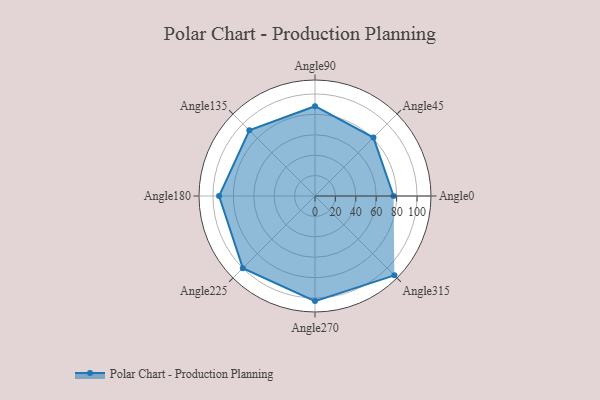
{"axis": {"x": "Angle", "y": "Radius"}, "legend": [""], "data": [{"x": "Angle0", "y": 77.0, "type": ""}, {"x": "Angle45", "y": 81.0, "type": ""}, {"x": "Angle90", "y": 88.0, "type": ""}, {"x": "Angle135", "y": 91.0, "type": ""}, {"x": "Angle180", "y": 94.0, "type": ""}, {"x": "Angle225", "y": 100.0, "type": ""}, {"x": "Angle270", "y": 103.0, "type": ""}, {"x": "Angle315", "y": 110.0, "type": ""}]}